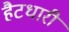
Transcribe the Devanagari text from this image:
हैटधारी